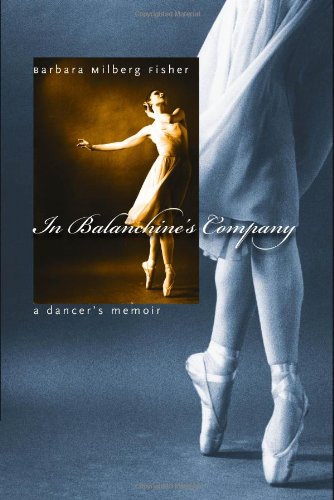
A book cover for In Balanchine's Company: A Dancer's Memoir; Barbara Fisher; Biographies & Memoirs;